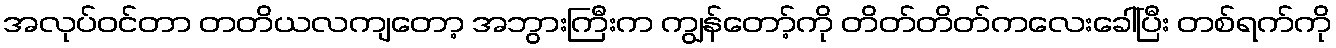
အလုပ်ဝင်တာ တတိယလကျတော့ အဘွားကြီးက ကျွန်တော့်ကို တိတ်တိတ်ကလေးခေါ်ပြီး တစ်ရက်ကို